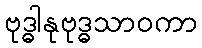
ဗုဒ္ဓါနုဗုဒ္ဓသာဝကာ